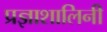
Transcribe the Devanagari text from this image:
प्रज्ञाशालिनी